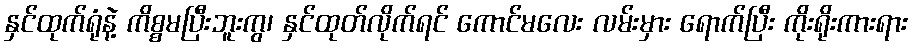
နှင်ထုက်ရုံနဲ့ ကိစ္စမပြီးဘူးကွ၊ နှင်ထုတ်လိုက်ရင် ကောင်မလေး လမ်းမှား ရောက်ပြီး ကိုးရိုးကားရား